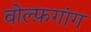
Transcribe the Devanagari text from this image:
वोल्फ़गांग